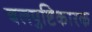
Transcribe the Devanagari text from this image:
बलपुष्टिकारक